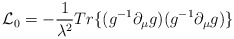
\begin{align*}{\cal L}_{0}=-\frac{1}{\lambda ^{2}}Tr\{(g^{-1}\partial _{\mu}g)(g^{-1}\partial _{\mu }g)\} \end{align*}